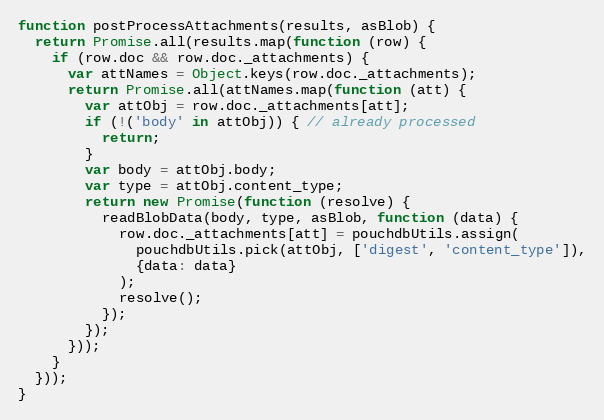
Language: JavaScript
function postProcessAttachments(results, asBlob) {
  return Promise.all(results.map(function (row) {
    if (row.doc && row.doc._attachments) {
      var attNames = Object.keys(row.doc._attachments);
      return Promise.all(attNames.map(function (att) {
        var attObj = row.doc._attachments[att];
        if (!('body' in attObj)) { // already processed
          return;
        }
        var body = attObj.body;
        var type = attObj.content_type;
        return new Promise(function (resolve) {
          readBlobData(body, type, asBlob, function (data) {
            row.doc._attachments[att] = pouchdbUtils.assign(
              pouchdbUtils.pick(attObj, ['digest', 'content_type']),
              {data: data}
            );
            resolve();
          });
        });
      }));
    }
  }));
}